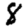
Digit: 8